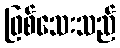
ဖြစ်သေးသည်